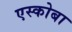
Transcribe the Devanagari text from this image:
एस्कोबा